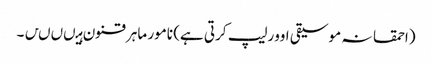
(احمقانہ موسیقی اوورلیپ کرتی ہے) نامور ماہر قنون ہیںںںں۔